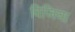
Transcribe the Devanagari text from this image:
विजिया